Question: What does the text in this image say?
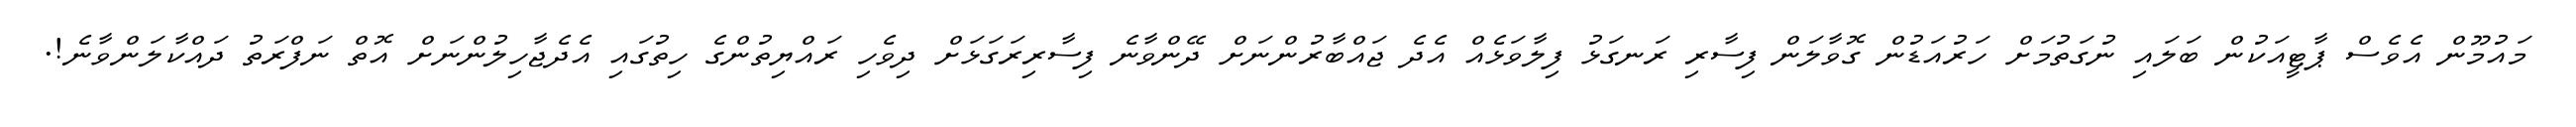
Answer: މައުމޫން އެވެސް ޕާޓީއަކުން ބަލައި ނުގަތުމަށް ހަރުއަޑުން ގޮވާލަން ފިސާރި ރަނގަޅު ފިލާވަޅެއް އެދެ ޖައްބާރުންނަށް ދޭންވާނެ ފިސާރިރަގަޅަށް ދިވެހި ރައްޔިތުންގެ ހިތުގައި އެދެޖާހިލުންނަށް އޮތް ނަފްރަތު ދައްކާލަންވާނެ!.